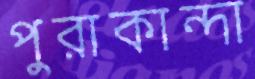
পুরাকান্দা